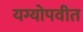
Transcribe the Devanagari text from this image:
यग्योपवीत